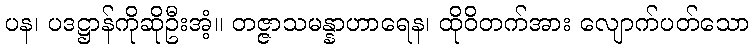
ပန၊ ပဒဋ္ဌာန်ကိုဆိုဦးအံ့။ တဇ္ဇာသမန္နာဟာရေန၊ ထိုဝိတက်အား လျောက်ပတ်သော